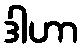
ဒါဟာ